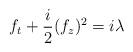
LaTeX: \begin{align*}f_t+\frac i2(f_z)^2=i\lambda\end{align*}